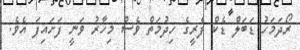
ރޯދަމަހު ޑަބަލް ޑެކް ފެރީގެ ހިދުމަތް ވެސް މިހާރު ވަނީ ފަށައިފަ އެވެ.